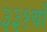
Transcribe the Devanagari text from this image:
३३१वाँ